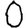
Digit: 0